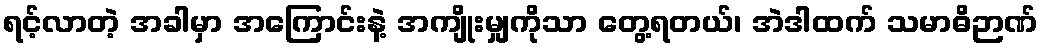
ရင့်လာတဲ့ အခါမှာ အကြောင်းနဲ့ အကျိုးမျှကိုသာ တွေ့ရတယ်၊ အဲဒါထက် သမာဓိဉာဏ်